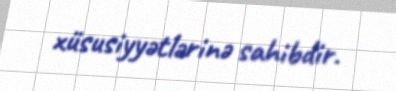
xüsusiyyətlərinə sahibdir.